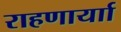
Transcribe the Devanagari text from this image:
राहणार्याा